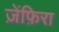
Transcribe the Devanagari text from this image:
ज़ेंफ़िरा